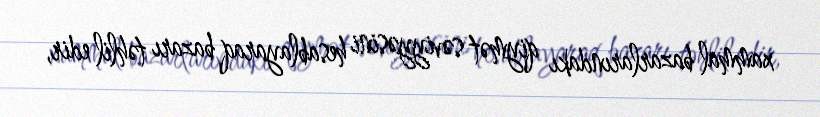
xammal bazarlarındakı qiymət səviyyəsini hesablayaraq bazarı təhlil edir,